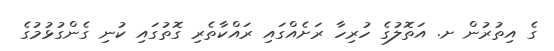
ގެ އިތުރުން ށ. އަތޮލުގެ ހުރިހާ ރަށެއްގައި ރައްކާތެރި ގޮތުގައި ކުނި ގެންގުޅުމުގެ